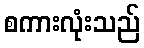
စကားလုံးသည်